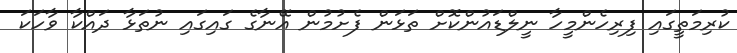
ކުރިމަތީގައި ފިރިހެންމީހާ ނީލްޑައުންކޮށް ތަޅަން ފެށުމުން އޭނާގެ ގައިގައި ނުތަޅާ ދައްކާ ވާހަކަ